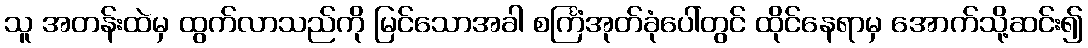
သူ အတန်းထဲမှ ထွက်လာသည်ကို မြင်သောအခါ စင်္ကြံအုတ်ခုံပေါ်တွင် ထိုင်နေရာမှ အောက်သို့ဆင်း၍